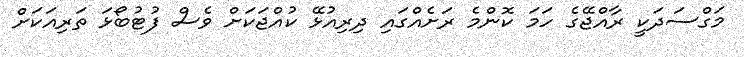
މަގްސަދަކީ ރާއްޖޭގެ ހަމަ ކޮންމެ ރަށެއްގައި ދިރިއުޅޭ ކުއްޖަކަށް ވެސް ފުޓުބޯޅަ ތަރިއަކަށް